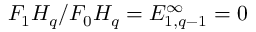
F _ { 1 } H _ { q } / F _ { 0 } H _ { q } = E _ { 1 , q - 1 } ^ { \infty } = 0